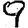
Digit: 9